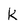
Character: k